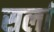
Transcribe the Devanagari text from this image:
सर्ला